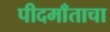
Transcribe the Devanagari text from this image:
पीदमाँताचा